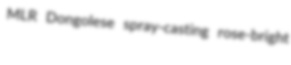
MLR Dongolese spray-casting rose-bright